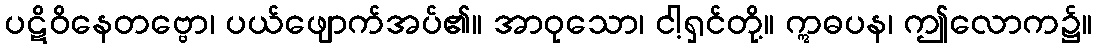
ပဋိဝိနေတဗ္ဗော၊ ပယ်ဖျောက်အပ်၏။ အာဝုသော၊ ငါ့ရှင်တို့။ ဣဓပန၊ ဤလောက၌။